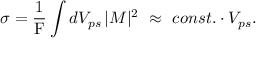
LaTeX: \sigma = \frac { 1 } { \mathrm { F } } \int d V _ { p s } \, | M | ^ { 2 } \ \approx \ c o n s t . \cdot V _ { p s } .